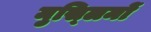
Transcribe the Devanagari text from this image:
मुस्‍लिमों